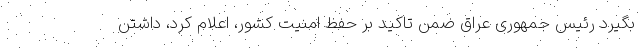
بگیرد رئیس جمهوری عراق ضمن تاکید بر حفظ امنیت کشور، اعلام کرد، داشتن